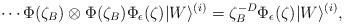
\begin{align*}\cdots\Phi(\zeta_B)\otimes\Phi(\zeta_B)\Phi_\epsilon(\zeta) |W\rangle^{(i)} = \zeta_B^{-D}\Phi_\epsilon(\zeta)|W\rangle^{(i)},\end{align*}